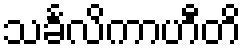
သင်္ခလိကာဟီတိ